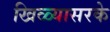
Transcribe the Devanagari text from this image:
खिळ्यासरके